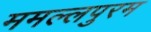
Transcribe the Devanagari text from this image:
ममल्लपुरम